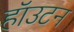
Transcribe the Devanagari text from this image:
हॉउटन